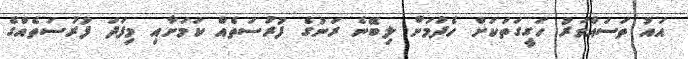
އައު ތަސައްވަރު ހަގީގަތަކަށް ހެދުމަށް ލިބޭނެ ރަނުގެ ފުރުސަތެއް ކަމަށާއި މިފަދަ ފުރުސަތެއްގެ